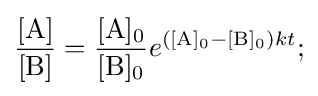
{\frac {{\ce {[A]}}}{{\ce {[B]}}}}={\frac {{\ce {[A]0}}}{{\ce {[B]0}}}}e^{\left({\ce {[A]0}}-{\ce {[B]0}}\right)kt};